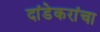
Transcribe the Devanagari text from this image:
दांडेकरांचा